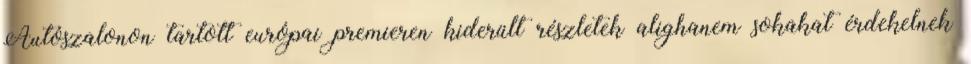
Autószalonon tartott európai premieren kiderült részletek alighanem sokakat érdekelnek